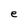
Character: e